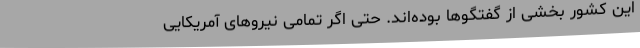
این کشور بخشی از گفتگوها بوده‌اند. حتی اگر تمامی نیروهای آمریکایی